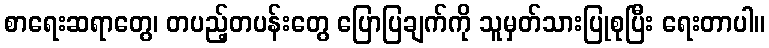
စာရေးဆရာတွေ၊ တပည့်တပန်းတွေ ပြောပြချက်ကို သူမှတ်သားပြုစုပြီး ရေးတာပါ။